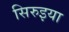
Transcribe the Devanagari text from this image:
सिरुइया